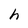
Character: h